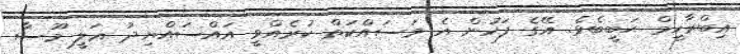
އިބްރާހީމް ޙަބީބެވެ. އޭގެ ފަހުން އެ މަސައްކަތް ކުރެއްވީ އައްސައްޔިދު ޢަލީ މޫސާ